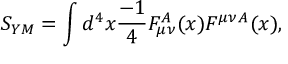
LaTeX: S _ { Y M } = \int d ^ { 4 } x { \frac { - 1 } { 4 } } { \cal F } _ { \mu \nu } ^ { A } ( x ) { \cal F } ^ { \mu \nu } { } ^ { A } ( x ) ,